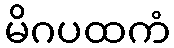
မိဂပထကံ